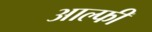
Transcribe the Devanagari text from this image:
आल्फी